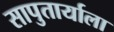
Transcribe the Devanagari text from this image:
सापुतार्याला